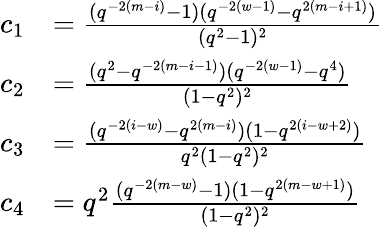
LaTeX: \begin{array}{rl}{c_{1}}&{=\frac{(q^{-2(m-i)}-1)(q^{-2(w-1)}-q^{2(m-i+1)})}{(q^{2}-1)^{2}}}\\ {c_{2}}&{=\frac{(q^{2}-q^{-2(m-i-1)})(q^{-2(w-1)}-q^{4})}{(1-q^{2})^{2}}}\\ {c_{3}}&{=\frac{(q^{-2(i-w)}-q^{2(m-i)})(1-q^{2(i-w+2)})}{q^{2}(1-q^{2})^{2}}}\\ {c_{4}}&{=q^{2}\frac{(q^{-2(m-w)}-1)(1-q^{2(m-w+1)})}{(1-q^{2})^{2}}}\end{array}